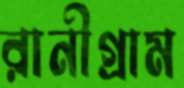
রানীগ্রাম